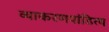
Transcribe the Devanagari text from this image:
व्याकरणपांडित्य